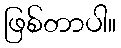
ဖြစ်တာပါ။